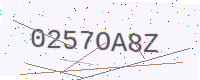
Text: 0257OA8Z